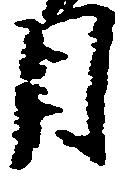
月